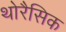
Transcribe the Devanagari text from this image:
थोरैसिक